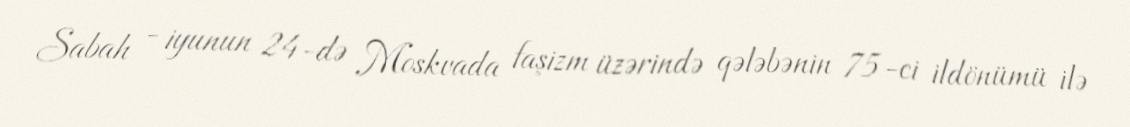
Sabah - iyunun 24-də Moskvada faşizm üzərində qələbənin 75-ci ildönümü ilə